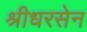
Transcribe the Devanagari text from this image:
श्रीधरसेन